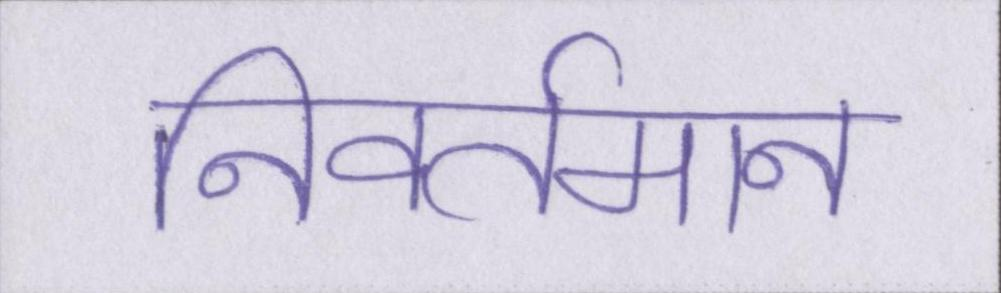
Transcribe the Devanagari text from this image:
निवर्तमान